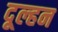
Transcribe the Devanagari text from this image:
दूल्हन